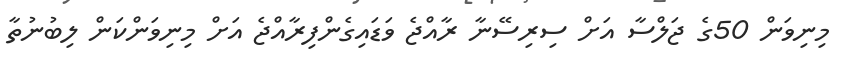
މިނިވަން 50ގެ ޖަލްސާ އަށް ސިރިސޭނާ ރާއްޖެ ވަޑައިގެންފިރާއްޖެ އަށް މިނިވަންކަން ލިބުނުތާ